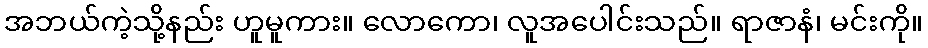
အဘယ်ကဲ့သို့နည်း ဟူမူကား။ လောကော၊ လူအပေါင်းသည်။ ရာဇာနံ၊ မင်းကို။